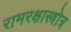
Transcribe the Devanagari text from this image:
रामरक्षास्त्रोत्र